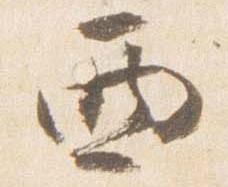
西